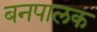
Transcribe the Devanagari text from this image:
बनपालक